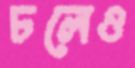
চলেও